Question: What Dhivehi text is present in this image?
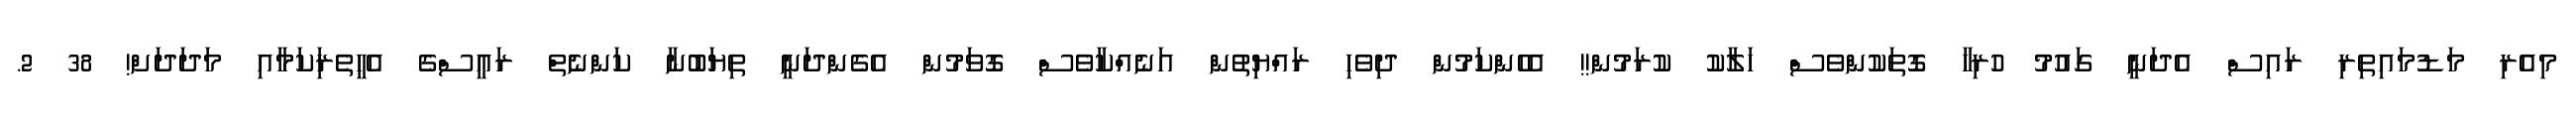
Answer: މިއެރި މަޑުމައިތިރި ރައިސް އެދަނީ ގައުމު ހުރިހާ ގޮތަކުންވެސް ހަލާކު ކުރަމުން!! އެހެންކަމުން ދިވެހި ރައްޔިތުން އަނެއްކާވެސް ގޮވަމުން އެގެންދަނީ ތިޔަބުނާ ކަންނެތް ރައީސްގެ އެހީތެރިަކަމާއި މަދަދަށް! 38 2.